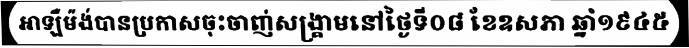
អាឡឺម៉ង់បានប្រកាសចុះចាញ់សង្គ្រាមនៅថ្ងៃទី០៨ ខែឧសភា ឆ្នាំ១៩៤៥